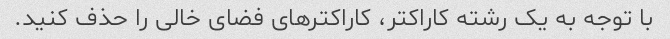
با توجه به یک رشته کاراکتر، کاراکترهای فضای خالی را حذف کنید.